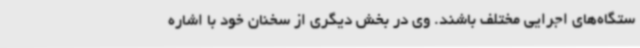
ستگاه‌های اجرایی مختلف باشند. وی در بخش دیگری از سخنان خود با اشاره